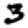
Digit: 3